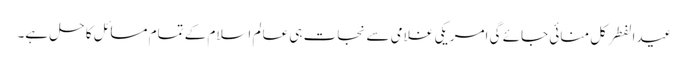
عیدالفطر کل منائی جائے گی امریکی غلامی سے نجات ہی عالم اسلام کے تمام مسائل کا حل ہے۔